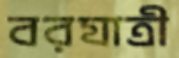
বরযাত্রী